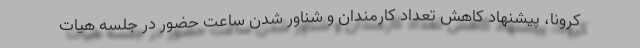
کرونا، پیشنهاد کاهش تعداد کارمندان و شناور شدن ساعت حضور در جلسه هیات